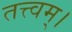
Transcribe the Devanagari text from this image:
तत्त्‍वम्।